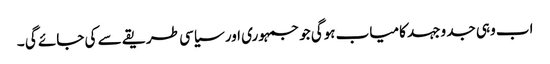
اب وہی جد وجہد کامیاب ہوگی جو جمہوری اور سیاسی طریقے سے کی جائے گی ۔